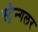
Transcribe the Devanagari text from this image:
स्ट्रैन्गलर